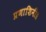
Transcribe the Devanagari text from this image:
प्रणाशिनी॥